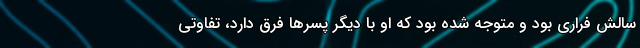
سالش فراری بود و متوجه شده بود که او با دیگر پسرها فرق دارد، تفاوتی